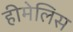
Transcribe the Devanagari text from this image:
हीमेलिस